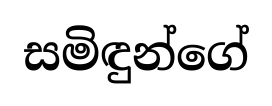
සමිඳුන්ගේ